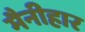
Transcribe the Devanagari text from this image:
मैनीहार